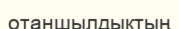
отаншылдықтың